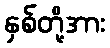
နှစ်တို့အား